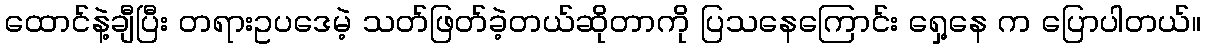
ထောင်နဲ့ချီပြီး တရားဥပဒေမဲ့ သတ်ဖြတ်ခဲ့တယ်ဆိုတာကို ပြသနေကြောင်း ရှေ့နေ က ပြောပါတယ်။